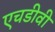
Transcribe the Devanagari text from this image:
एचडीवी